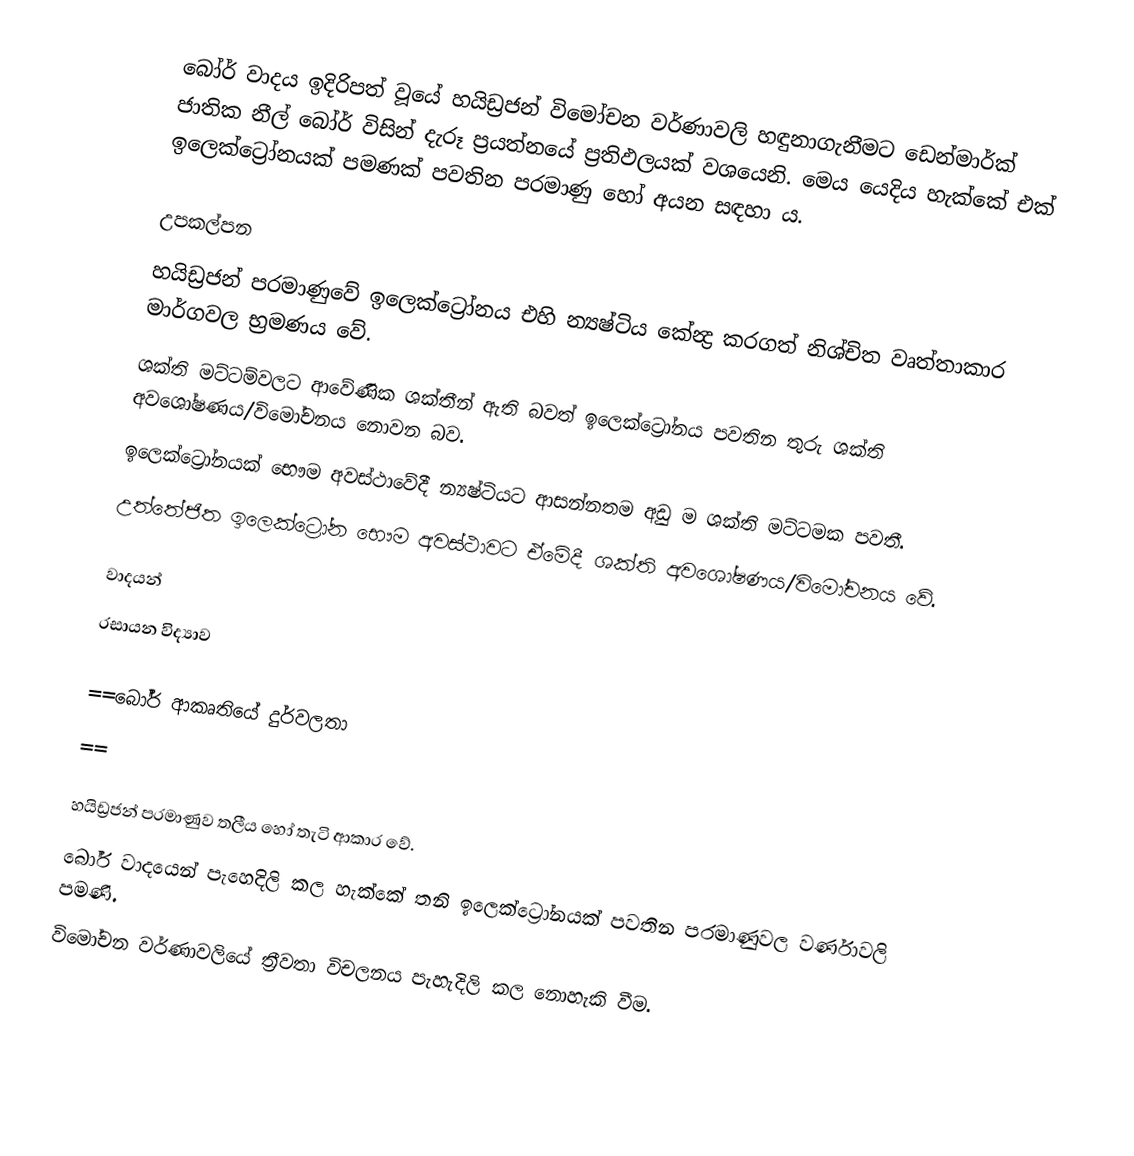
බෝර් වාදය ඉදිරිපත් වූයේ හයිඩ්‍රජන් විමෝචන වර්ණාවලි හඳුනාගැනීමට ඩෙන්මාර්ක් ජාතික නීල් බෝර් විසින් දැරූ ප්‍රයත්නයේ ප්‍රතිඵලයක් වශයෙනි. මෙය යෙදිය හැක්කේ එක් ඉලෙක්ට්‍රෝනයක් පමණක් පවතින පරමාණු හෝ අයන සඳහා ය.

උපකල්පන
 හයිඩ්‍රජන් පරමාණුවේ ඉලෙක්ට්‍රෝනය එහි න්‍යෂ්ටිය කේන්‍ද්‍ර කරගත් නිශ්චිත වෘත්තාකාර මාර්ගවල භ්‍රමණය වේ.
 ශක්ති මට්ටම්වලට ආවේණික ශක්තීන් ඇති බවත් ඉලෙක්ට්‍රෝනය පවතින තුරු ශක්ති අවශෝෂණය/විමෝචනය නොවන බව.
 ඉලෙක්ට්‍රෝනයක් භෞම අවස්ථාවේදී න්‍යෂ්ටියට ආසන්නතම අඩු ම ශක්ති මට්ටමක පවතී.
 උත්තේජිත ඉලෙක්ට්‍රෝන භෞම අවස්ථාවට ඒමේදී ශක්ති අවශෝෂණය/විමෝචනය වේ.

වාදයන්
රසායන විද්‍යාව

==බෝර් ආකෘතියේ දුර්වලතා
==

හයිඩ්‍රජන් පරමාණුව තලීය හෝ තැටි ආකාර වේ.
බෝර් වාදයෙන් පැහෙදිලි කල හැක්කේ තනි ඉලෙක්ට්‍රෝනයක් පවතින පරමාණුවල වර්ණාවලි පමණි.
විමෝචන වර්ණාවලියේ ත්‍රීවතා විචලනය පැහැදිලි කල නොහැකි වීම.